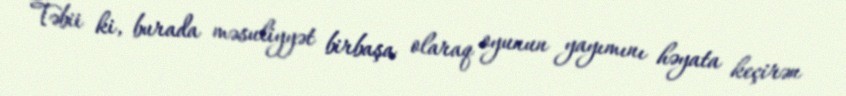
Təbii ki, burada məsuliyyət birbaşa olaraq oyunun yayımını həyata keçirən